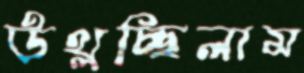
উথ্‌লচ্ছিলাম